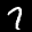
Label: 7